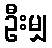
ဦးမျှ